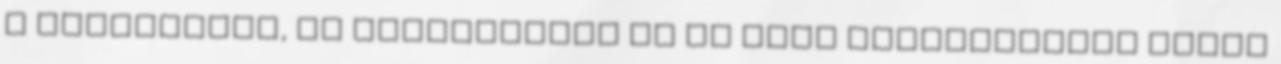
a nemzetemet, az emberiséget és az élet rendeltetése földi